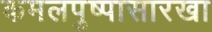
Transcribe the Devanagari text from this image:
कमलपुष्पासारखा